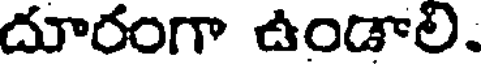
దూరంగా ఉండాలి.